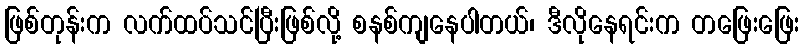
ဖြစ်တုန်းက လက်ထပ်သင်ပြီးဖြစ်လို့ စနစ်ကျနေပါတယ်၊ ဒီလိုနေရင်းက တဖြေးဖြေး